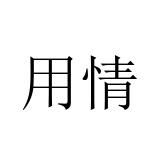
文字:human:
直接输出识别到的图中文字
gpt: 用情